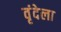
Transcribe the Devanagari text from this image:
वृंदेला